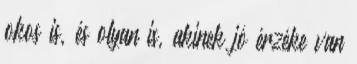
okos is, és olyan is, akinek jó érzéke van